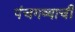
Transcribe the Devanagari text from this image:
पंचगव्याची